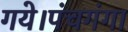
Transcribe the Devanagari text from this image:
गये।पंचगंगा